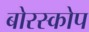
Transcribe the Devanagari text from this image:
बोरस्कोप